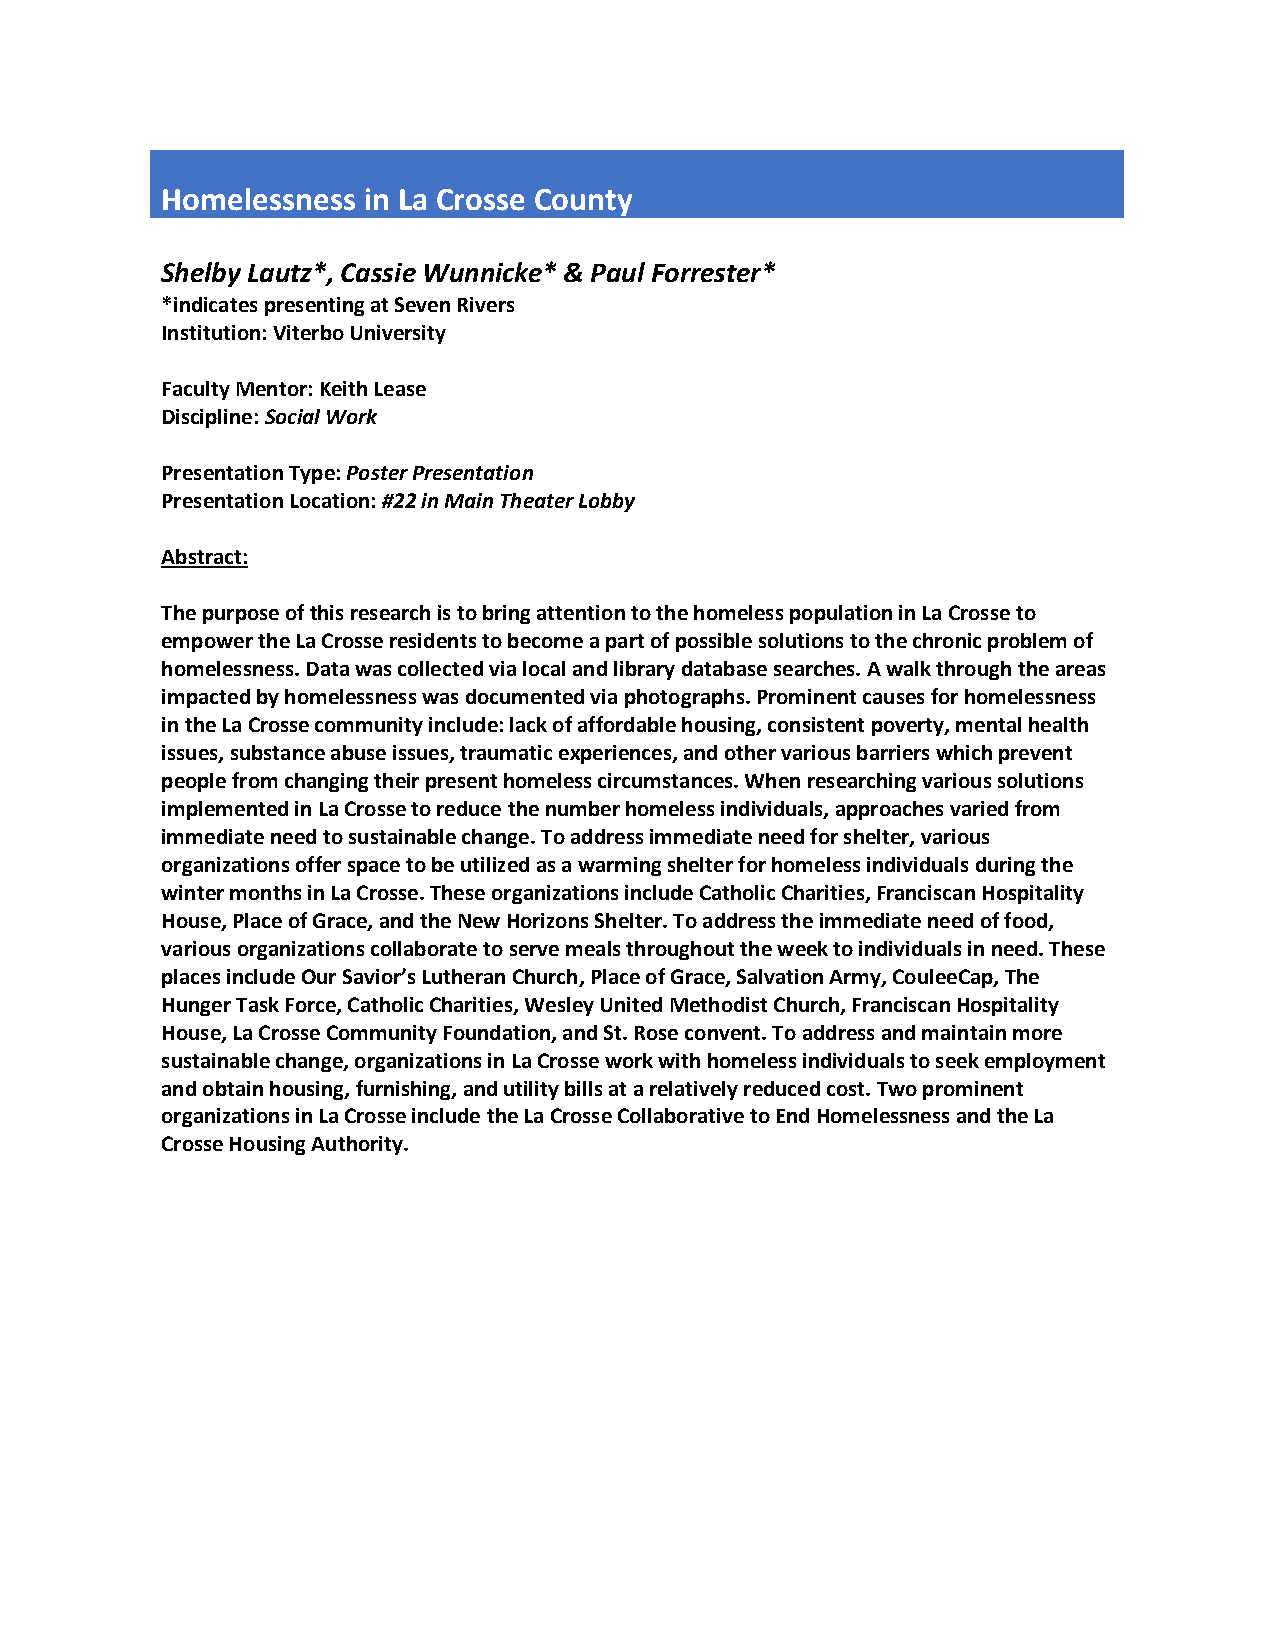
Homelessness in La Crosse County
 Shelby Lautz*, Cassie Wunnicke* & Paul Forrester*
 *indicates presenting at Seven Rivers
 Institution: Viterbo University
 Faculty Mentor: Keith Lease
 Discipline: Social Work
 Presentation Type: Poster Presentation
 Presentation Location: #22 in Main Theater Lobby
 Abstract:
 The purpose of this research is to bring attention to the homeless population in La Crosse to
 empower the La Crosse residents to become a part of possible solutions to the chronic problem of
 homelessness. Data was collected via local and library database searches. A walk through the areas
 impacted by homelessness was documented via photographs. Prominent causes for homelessness
 in the La Crosse community include: lack of affordable housing, consistent poverty, mental health
 issues, substance abuse issues, traumatic experiences, and other various barriers which prevent
 people from changing their present homeless circumstances. When researching various solutions
 implemented in La Crosse to reduce the number homeless individuals, approaches varied from
 immediate need to sustainable change. To address immediate need for shelter, various
 organizations offer space to be utilized as a warming shelter for homeless individuals during the
 winter months in La Crosse. These organizations include Catholic Charities, Franciscan Hospitality
 House, Place of Grace, and the New Horizons Shelter. To address the immediate need of food,
 various organizations collaborate to serve meals throughout the week to individuals in need. These
 places include Our Savior’s Lutheran Church, Place of Grace, Salvation Army, CouleeCap, The
 Hunger Task Force, Catholic Charities, Wesley United Methodist Church, Franciscan Hospitality
 House, La Crosse Community Foundation, and St. Rose convent. To address and maintain more
 sustainable change, organizations in La Crosse work with homeless individuals to seek employment
 and obtain housing, furnishing, and utility bills at a relatively reduced cost. Two prominent
 organizations in La Crosse include the La Crosse Collaborative to End Homelessness and the La
 Crosse Housing Authority.